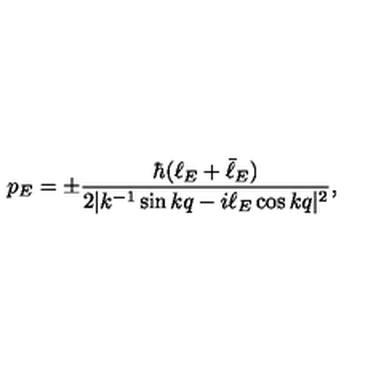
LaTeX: p _ { E } = \pm { \frac { \hbar ( \ell _ { E } + \bar { \ell } _ { E } ) } { 2 | k ^ { - 1 } \sin k q - i \ell _ { E } \cos k q | ^ { 2 } } } ,